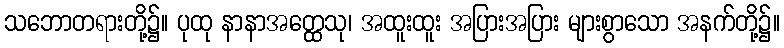
သဘောတရားတို့၌။ ပုထု နာနာအတ္ထေသု၊ အထူးထူး အပြားအပြား များစွာသော အနက်တို့၌။